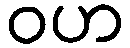
ဝဟ